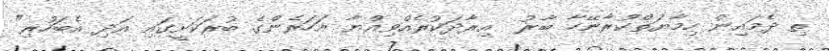
ތި ދެމައިން ހިމާޔަތްކުރާނޭހާ ބާރު  އިރާދަކުރެއްވިއްޔާ އަހަރެންގެ ބުރަކަށީގައި އަދި އެބަހުރި"